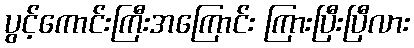
ပွင့်ကောင်းကြီးအကြောင်း ကြားပြီးပြီလား